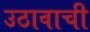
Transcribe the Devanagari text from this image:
उठावाची